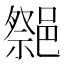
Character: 𨝠